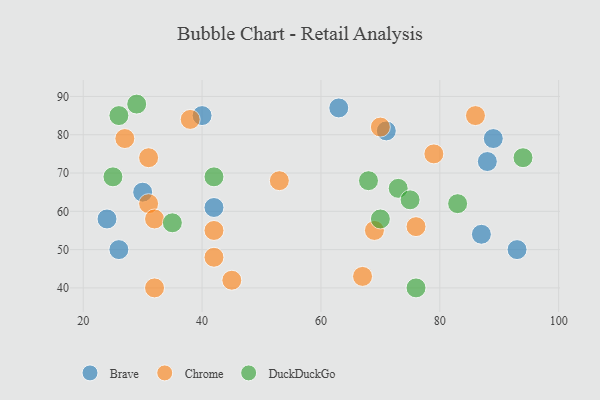
{"axis": {"x": "GDP", "y": "Life Expectancy"}, "legend": ["Brave", "Chrome", "DuckDuckGo"], "data": [{"x": "30", "y": 65, "type": "Brave"}, {"x": "89", "y": 79, "type": "Brave"}, {"x": "71", "y": 81, "type": "Brave"}, {"x": "42", "y": 61, "type": "Brave"}, {"x": "26", "y": 50, "type": "Brave"}, {"x": "88", "y": 73, "type": "Brave"}, {"x": "93", "y": 50, "type": "Brave"}, {"x": "24", "y": 58, "type": "Brave"}, {"x": "87", "y": 54, "type": "Brave"}, {"x": "40", "y": 85, "type": "Brave"}, {"x": "63", "y": 87, "type": "Brave"}, {"x": "38", "y": 84, "type": "Chrome"}, {"x": "32", "y": 40, "type": "Chrome"}, {"x": "42", "y": 55, "type": "Chrome"}, {"x": "31", "y": 62, "type": "Chrome"}, {"x": "42", "y": 48, "type": "Chrome"}, {"x": "86", "y": 85, "type": "Chrome"}, {"x": "27", "y": 79, "type": "Chrome"}, {"x": "45", "y": 42, "type": "Chrome"}, {"x": "70", "y": 82, "type": "Chrome"}, {"x": "53", "y": 68, "type": "Chrome"}, {"x": "32", "y": 58, "type": "Chrome"}, {"x": "31", "y": 74, "type": "Chrome"}, {"x": "67", "y": 43, "type": "Chrome"}, {"x": "79", "y": 75, "type": "Chrome"}, {"x": "76", "y": 56, "type": "Chrome"}, {"x": "69", "y": 55, "type": "Chrome"}, {"x": "25", "y": 69, "type": "DuckDuckGo"}, {"x": "26", "y": 85, "type": "DuckDuckGo"}, {"x": "76", "y": 40, "type": "DuckDuckGo"}, {"x": "73", "y": 66, "type": "DuckDuckGo"}, {"x": "68", "y": 68, "type": "DuckDuckGo"}, {"x": "83", "y": 62, "type": "DuckDuckGo"}, {"x": "42", "y": 69, "type": "DuckDuckGo"}, {"x": "29", "y": 88, "type": "DuckDuckGo"}, {"x": "70", "y": 58, "type": "DuckDuckGo"}, {"x": "94", "y": 74, "type": "DuckDuckGo"}, {"x": "35", "y": 57, "type": "DuckDuckGo"}, {"x": "75", "y": 63, "type": "DuckDuckGo"}]}